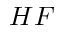
H F